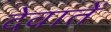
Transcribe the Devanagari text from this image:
देवातें